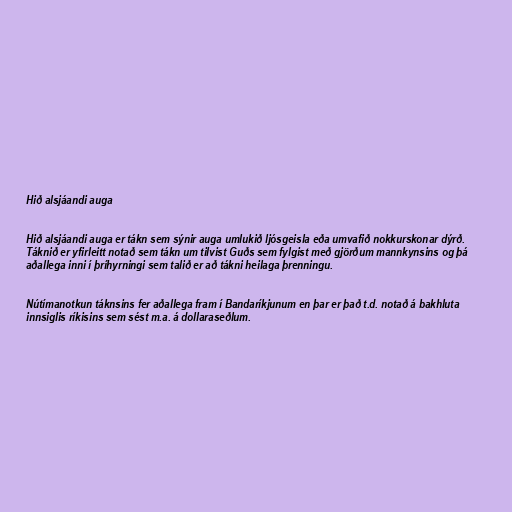
Hið alsjáandi auga

Hið alsjáandi auga er tákn sem sýnir auga umlukið ljósgeisla eða umvafið nokkurskonar dýrð.
Táknið er yfirleitt notað sem tákn um tilvist Guðs sem fylgist með gjörðum mannkynsins og þá
aðallega inni í þríhyrningi sem talið er að tákni heilaga þrenningu.

Nútímanotkun táknsins fer aðallega fram í Bandaríkjunum en þar er það t.d. notað á bakhluta
innsiglis ríkisins sem sést m.a. á dollaraseðlum.